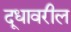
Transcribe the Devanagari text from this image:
दूधावरील